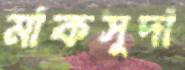
মাকসুদা